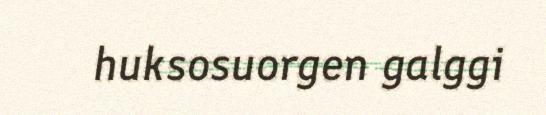
huksosuorgen galggi